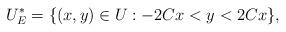
LaTeX: \begin{align*}U_E^* = \{(x,y)\in U: -2Cx <y <2C x\},\end{align*}